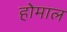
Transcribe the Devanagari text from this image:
होमाल